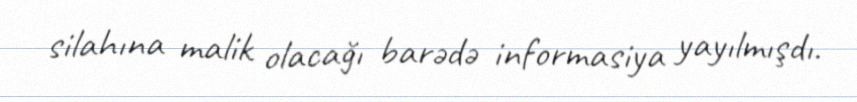
silahına malik olacağı barədə informasiya yayılmışdı.